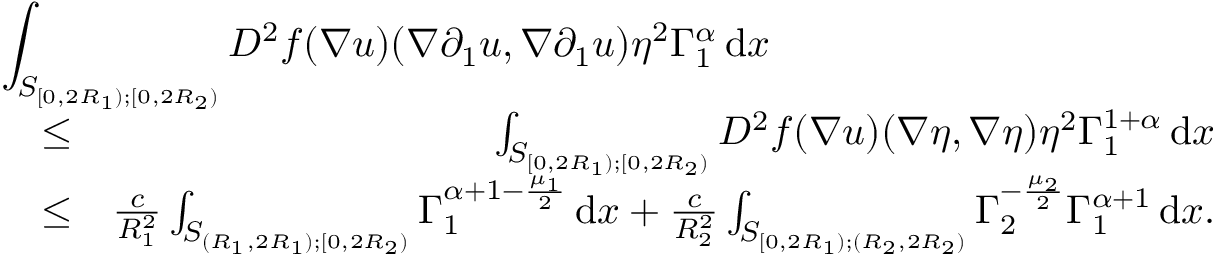
\begin{array} { r l r } { \lefteqn { \int _ { S _ { [ 0 , 2 R _ { 1 } ) ; [ 0 , 2 R _ { 2 } ) } } D ^ { 2 } f ( \nabla u ) ( \nabla \partial _ { 1 } u , \nabla \partial _ { 1 } u ) \eta ^ { 2 } \Gamma _ { 1 } ^ { \alpha } \, \mathrm { d } x } } \\ & { \leq } & { \int _ { S _ { [ 0 , 2 R _ { 1 } ) ; [ 0 , 2 R _ { 2 } ) } } D ^ { 2 } f ( \nabla u ) ( \nabla \eta , \nabla \eta ) \eta ^ { 2 } \Gamma _ { 1 } ^ { 1 + \alpha } \, \mathrm { d } x } \\ & { \leq } & { \frac { c } { R _ { 1 } ^ { 2 } } \int _ { S _ { ( R _ { 1 } , 2 R _ { 1 } ) ; [ 0 , 2 R _ { 2 } ) } } \Gamma _ { 1 } ^ { \alpha + 1 - \frac { \mu _ { 1 } } { 2 } } \, \mathrm { d } x + \frac { c } { R _ { 2 } ^ { 2 } } \int _ { S _ { [ 0 , 2 R _ { 1 } ) ; ( R _ { 2 } , 2 R _ { 2 } ) } } \Gamma _ { 2 } ^ { - \frac { \mu _ { 2 } } { 2 } } \Gamma _ { 1 } ^ { \alpha + 1 } \, \mathrm { d } x . } \end{array}